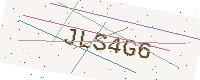
Text: JLS4G6